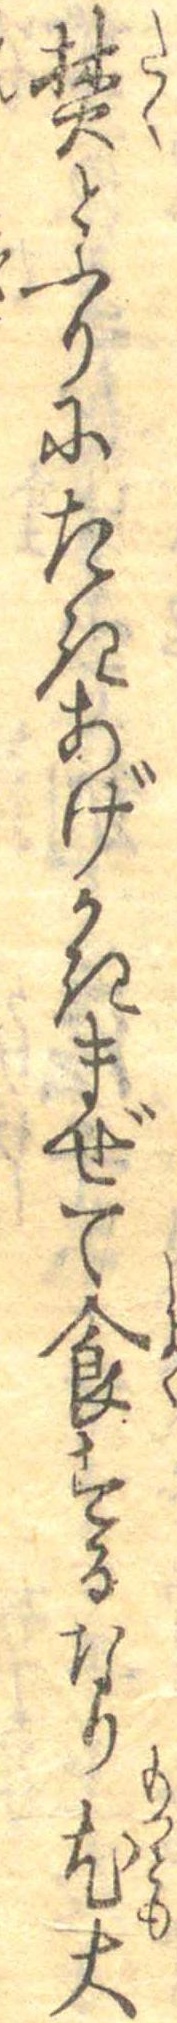
焚とふりにたきあげかきまぜて食するなり尤大